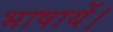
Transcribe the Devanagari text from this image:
भाषायें।